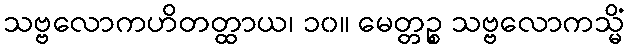
သဗ္ဗလောကဟိတတ္ထာယ၊ ၁၀။ မေတ္တဉ္စ သဗ္ဗလောကသ္မိံ